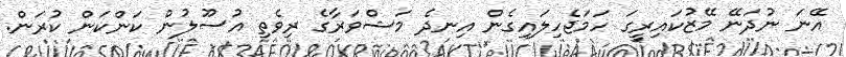
އޭނަ ނުދަނޭ މޭޒުކައިރީގަ ހަމަޖެހިލައިގެން އިނދެ މަޝްވަރާގެ ރިވެތި އުސޫލުން ކަންކަން ކުރަން.